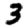
Digit: 3